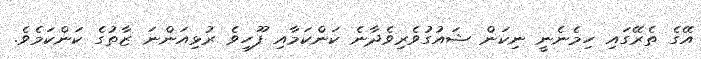
އޭގެ ތެރޭގައި ހިމެނެނީ ނިކަން ޝައުގުވެރިވެދާނެ ކަންކަމާއި ފޫހިވެ ރުޅިއަންނަ ޒާތުގެ ކަންކަމެވެ.